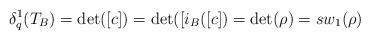
LaTeX: \begin{align*}\delta^1_q(T_B)=\mbox {det}([c])=\mbox{det}([i_B([c])=\mbox {det}(\rho)=sw_1(\rho)\end{align*}